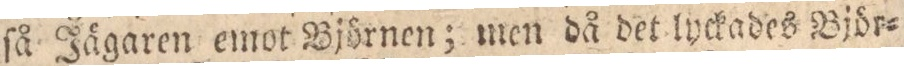
ſå Jägaren emot Björnen; men då det lyckades Björ=